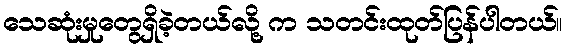
သေဆုံးမှုတွေရှိခဲ့တယ်လို့ က သတင်းထုတ်ပြန်ပါတယ်။